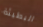
البطيئة